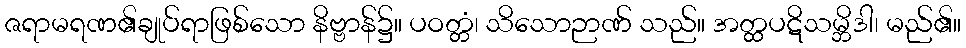
ဇရာမရဏ၏ချုပ်ရာဖြစ်သော နိဗ္ဗာန်၌။ ပဝတ္တံ၊ သိသောဉာဏ် သည်။ အတ္ထပဋိသမ္ဘိဒါ၊ မည်၏။